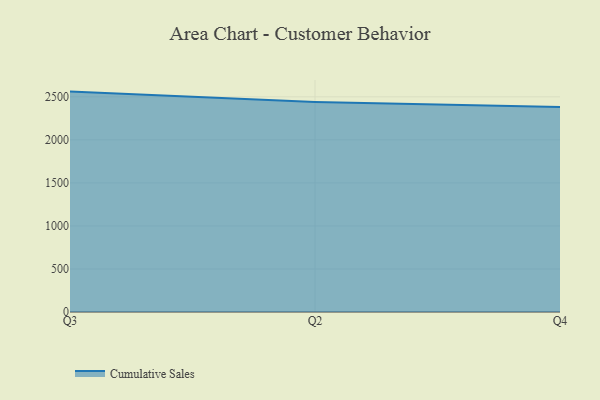
{"axis": {"x": "Quarter", "y": "Energy Usage (MWh)"}, "legend": ["Cumulative Sales"], "data": [{"x": "Q3", "y": 2561.0, "type": "Cumulative Sales"}, {"x": "Q2", "y": 2441.5, "type": "Cumulative Sales"}, {"x": "Q4", "y": 2383.5, "type": "Cumulative Sales"}]}